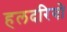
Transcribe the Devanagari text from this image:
हलदरियो